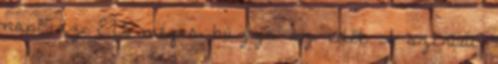
nap, az EU mégis húzza az időt A szíriai